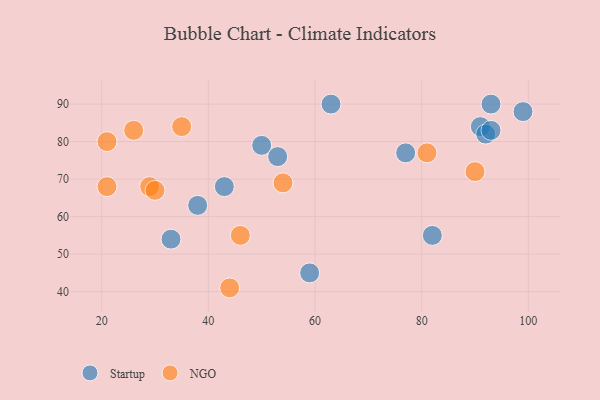
{"axis": {"x": "GDP", "y": "Life Expectancy"}, "legend": ["NGO", "Startup"], "data": [{"x": "91", "y": 84, "type": "Startup"}, {"x": "38", "y": 63, "type": "Startup"}, {"x": "92", "y": 82, "type": "Startup"}, {"x": "63", "y": 90, "type": "Startup"}, {"x": "77", "y": 77, "type": "Startup"}, {"x": "99", "y": 88, "type": "Startup"}, {"x": "33", "y": 54, "type": "Startup"}, {"x": "82", "y": 55, "type": "Startup"}, {"x": "93", "y": 90, "type": "Startup"}, {"x": "50", "y": 79, "type": "Startup"}, {"x": "93", "y": 83, "type": "Startup"}, {"x": "59", "y": 45, "type": "Startup"}, {"x": "53", "y": 76, "type": "Startup"}, {"x": "43", "y": 68, "type": "Startup"}, {"x": "26", "y": 83, "type": "NGO"}, {"x": "81", "y": 77, "type": "NGO"}, {"x": "29", "y": 68, "type": "NGO"}, {"x": "54", "y": 69, "type": "NGO"}, {"x": "30", "y": 67, "type": "NGO"}, {"x": "44", "y": 41, "type": "NGO"}, {"x": "21", "y": 80, "type": "NGO"}, {"x": "46", "y": 55, "type": "NGO"}, {"x": "35", "y": 84, "type": "NGO"}, {"x": "90", "y": 72, "type": "NGO"}, {"x": "21", "y": 68, "type": "NGO"}]}